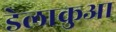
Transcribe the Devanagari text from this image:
डेलाकुआ